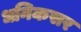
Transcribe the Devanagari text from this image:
धनिकसर